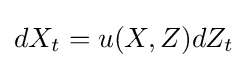
dX_{t}=u(X,Z)dZ_{t}